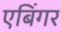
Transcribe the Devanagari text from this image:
एबिंगर